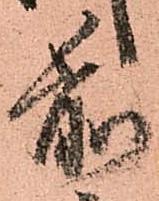
前